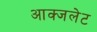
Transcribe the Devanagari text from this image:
आक्जलेट